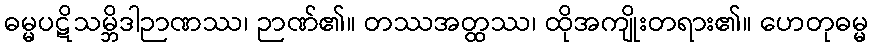
ဓမ္မပဋိသမ္ဘိဒါဉာဏဿ၊ ဉာဏ်၏။ တဿအတ္ထဿ၊ ထိုအကျိုးတရား၏။ ဟေတုဓမ္မ